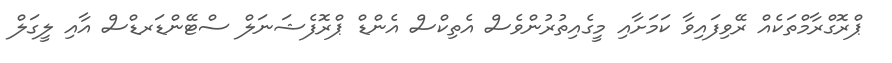
ޕްރޮގްރާމްތަކެއް ރޭވިފައިވާ ކަމަށާއި މީގެއިތުރުންވެސް އެތިކްސް އެންޑް ޕްރޮފެޝަނަލް ސްޓޭންޑަރޑްސް އާއި ލީގަލް